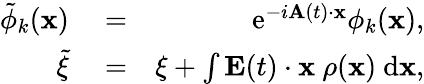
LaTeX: \begin{array}{rlr}{\tilde{\phi}_{k}({\mathbf x})}&{{}=}&{\mathrm{e}^{-i{\mathbf A}(t)\cdot{\mathbf x}}\phi_{k}({\mathbf x}),}\\ {\tilde{\xi}}&{{}=}&{\xi+\int{{\mathbf E}(t)\cdot{\mathbf x}\ \rho({\mathbf x})\ \mathrm{d}{\mathbf x}},}\end{array}